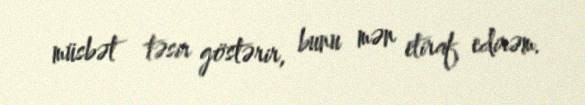
müsbət təsir göstərir, bunu mən etiraf edirəm.